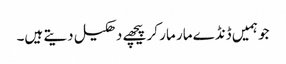
جو ہمیں ڈنڈے مار مار کر پیچھے دھکیل دیتے ہیں۔